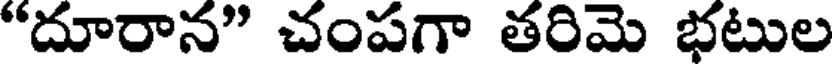
"దూరాన" చంపగా తరిమె భటుల